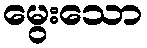
မွေးသော